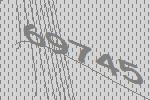
69745